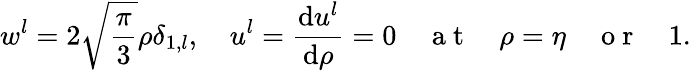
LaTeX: w^{l}=2\sqrt{\frac{\pi}{3}}\rho\delta_{1,l},\quad u^{l}=\frac{\mathrm{d}u^{l}}{\mathrm{d}\rho}=0\quad\mathrm{~a~t~}\quad\rho=\eta\quad\mathrm{~o~r~}\quad 1.